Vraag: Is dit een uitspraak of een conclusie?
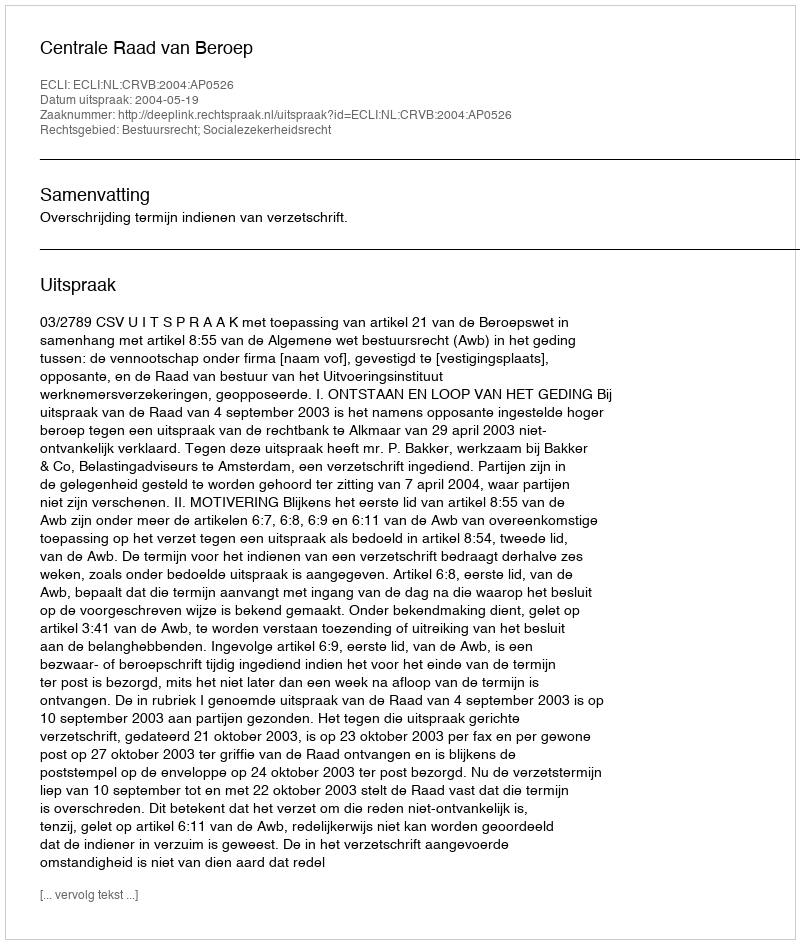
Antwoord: Uitspraak